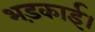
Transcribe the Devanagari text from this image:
भड़काई।